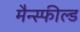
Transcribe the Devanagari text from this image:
मैन्स्फील्ड